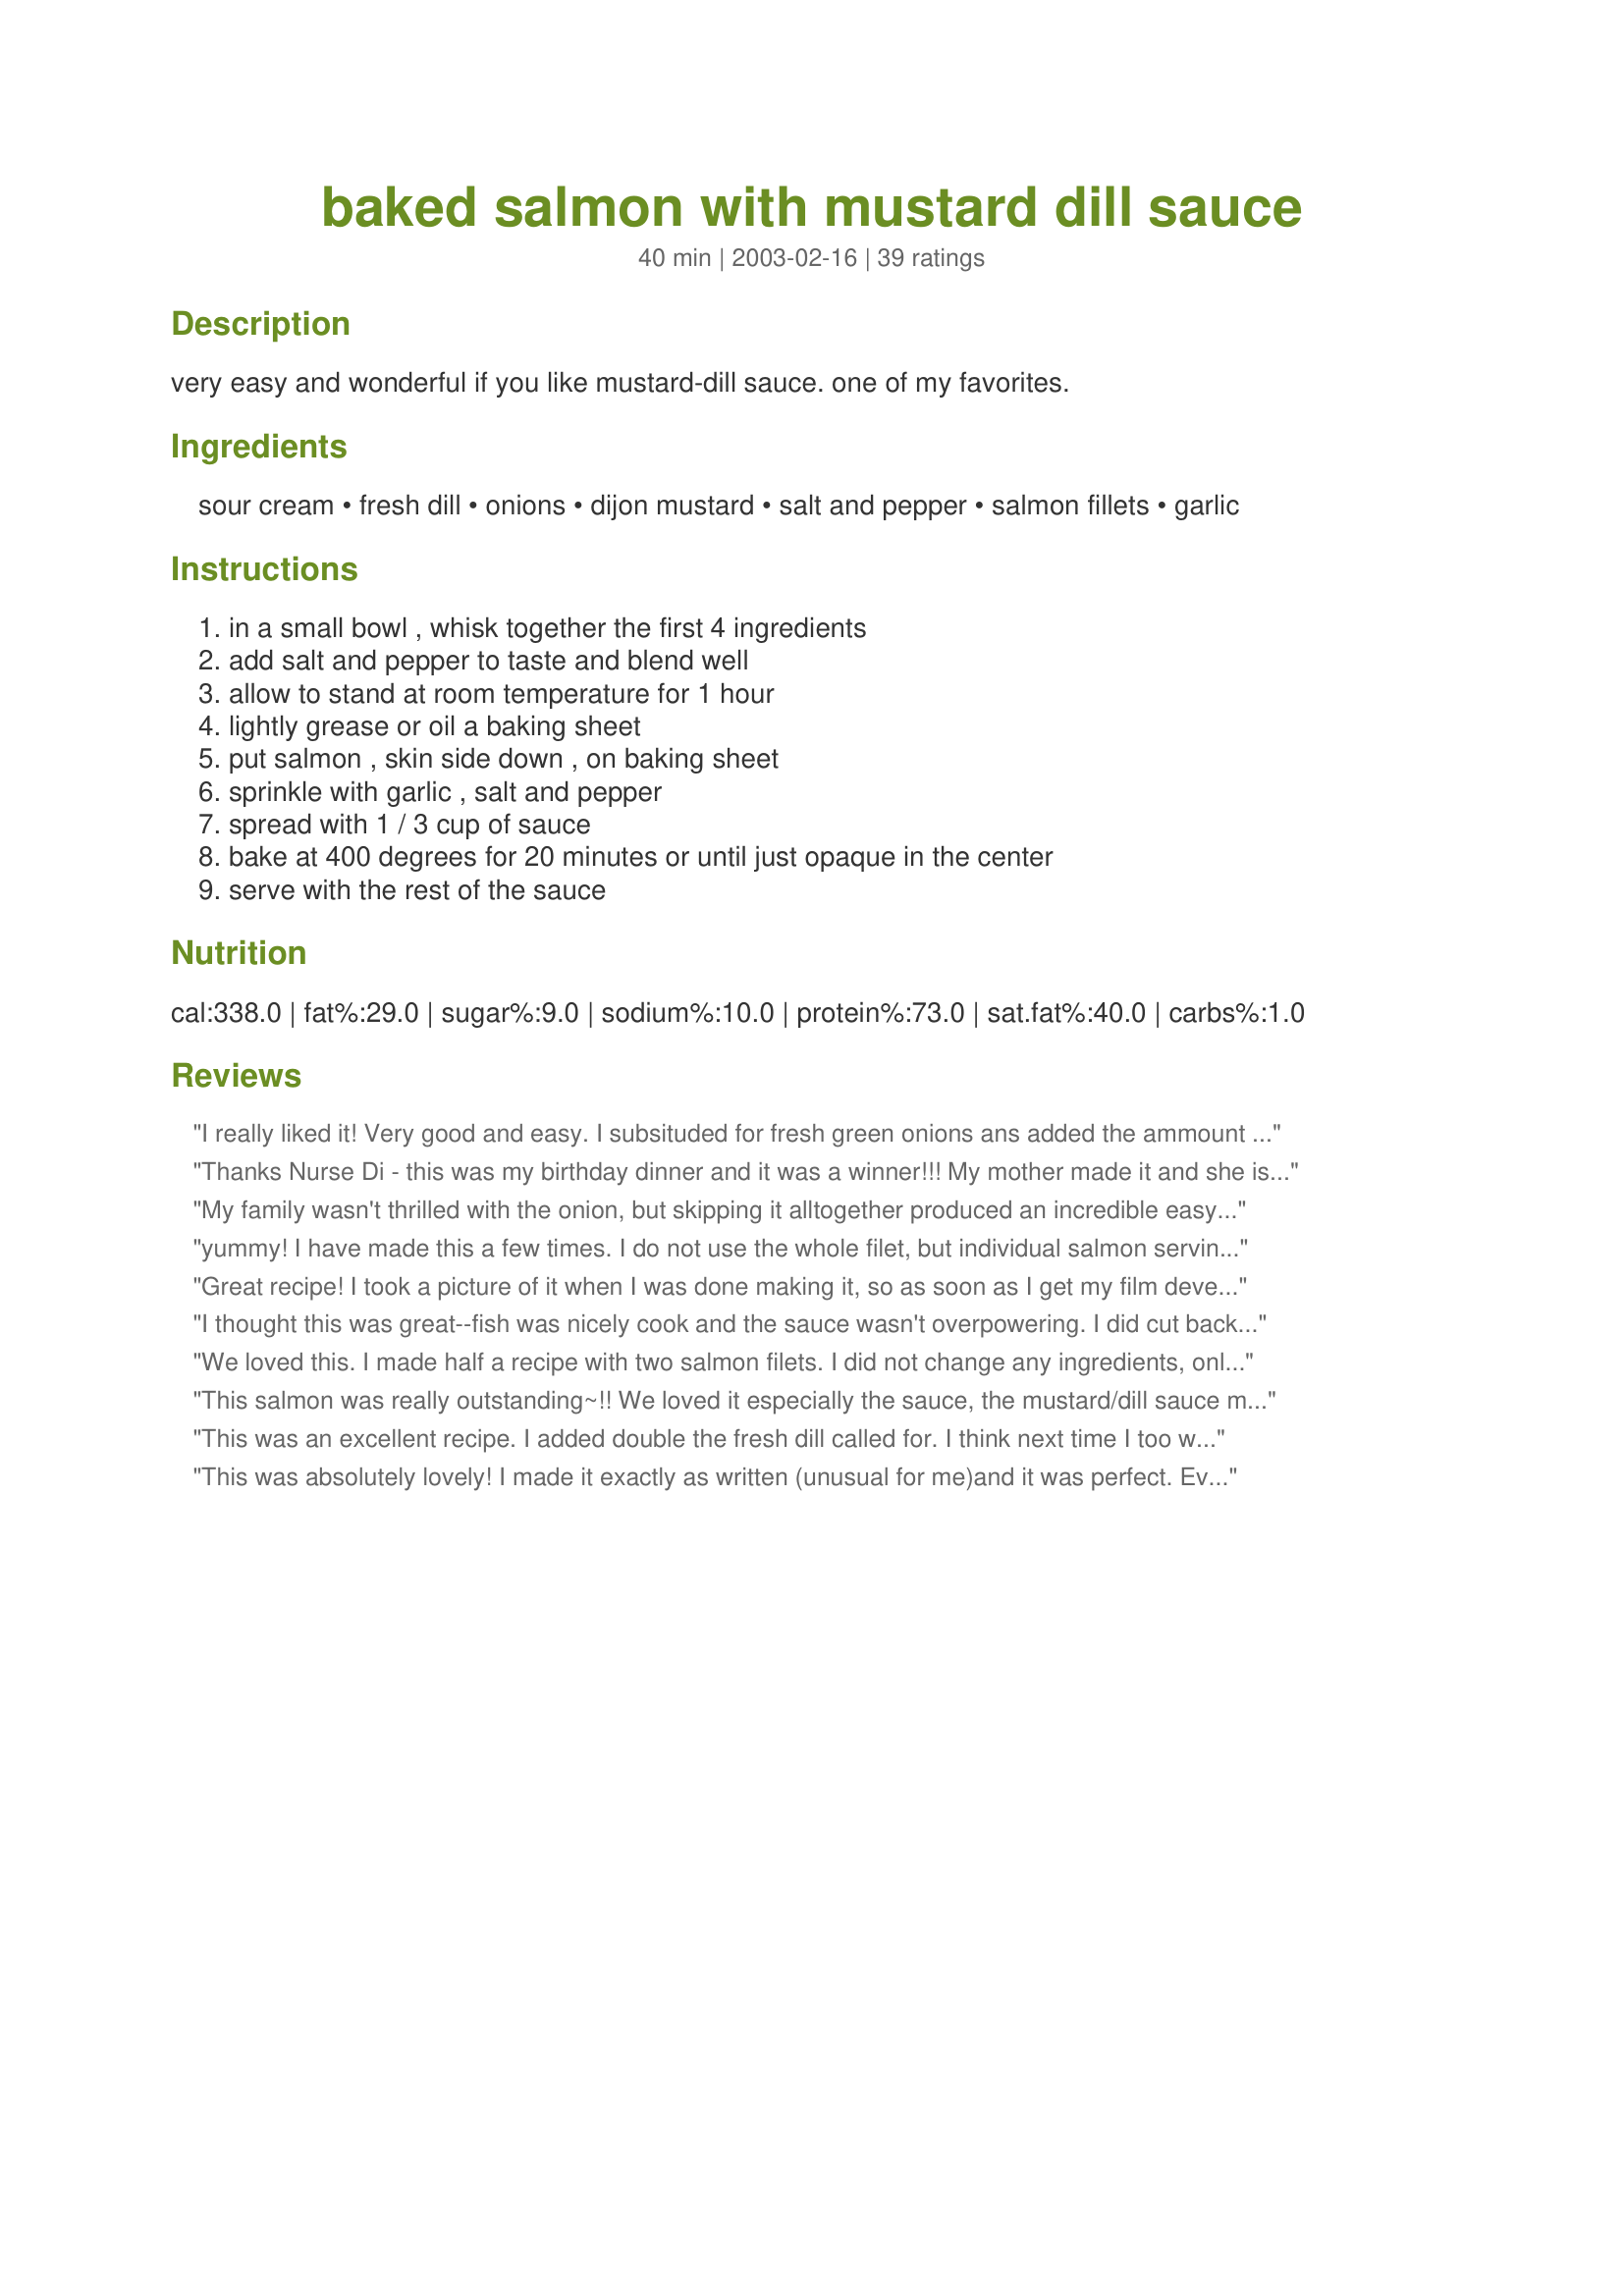
baked salmon with mustard dill sauce
Preparation time: 40 minutes

very easy and wonderful if you like mustard-dill sauce. one of my favorites.

Ingredients:
sour cream, fresh dill, onions, dijon mustard, salt and pepper, salmon fillets, garlic

Steps:
in a small bowl , whisk together the first 4 ingredients, add salt and pepper to taste and blend well, allow to stand at room temperature for 1 hour, lightly grease or oil a baking sheet, put salmon , skin side down , on baking sheet, sprinkle with garlic , salt and pepper, spread with 1 / 3 cup of sauce, bake at 400 degrees for 20 minutes or until just opaque in the center, serve with the rest of the sauce

Reviews:
I really liked it! Very good and easy. I subsituded for fresh green onions ans added the ammount of mustard as mentioned. Next time I'll add more mustard!
I served with boiled potatoes and zucchini with the sauce on top. 
Its a keeper!!! Thanks NurseDi!
Thanks Nurse Di - this was my birthday dinner and it was a winner!!! My mother made it and she is incable of following a recipe as wrote so she added some honey - but it was a wonderful meal and will be made again, and again and again - thanks!!
My family wasn't thrilled with the onion, but skipping it alltogether produced an incredible easy to make meal. Served with young boiled potatoes, it made my family gorge themselves in a very unseemly manner :)
yummy! I have made this a few times. I do not use the whole filet, but individual salmon servings instead, so I adjust the cooking time. Otherwise I follow this recipe exactly and it is absolutely delicious! I use the extra sauce to dip veggies in.
Great recipe! I took a picture of it when I was done making it, so as soon as I get my film developped and scan it in, I'll post that too.

I really enjoyed this and I think I'll be making it for my family when I go home for Christmas :)
I thought this was great--fish was nicely cook and the sauce wasn't overpowering. I did cut back a little on the dill (it isn't DH's favorite), and even he liked it! I also used half dijon and half deli dijon (had some horseradish in it) as I was low on mustard, and I think the extra little kick was nice. Thanks for a great recipe!
We loved this. I made half a recipe with two salmon filets. I did not change any ingredients, only halved the amounts. The fish was moist and fragrant. I thought the mustard-dill combination was wonderful. (Did not reduce any amounts.) Thank you very much for this recipe.
This salmon was really outstanding~!! We loved it especially the sauce, the mustard/dill sauce made a wonderfull taste treat! I made it exactly to the recipe with the exception of the sour cream, I used no fat sour cream and it turned out perfect, except that there is a lot of the wonderful sauce left over (and salmon), so I will use it all to make a salmon pie for dinner tomorrow. I will be making this again, thanks for sharing a great recipe Nurse Di!!
This was an excellent recipe. I added double the fresh dill called for. I think next time I too will add a little more garlic. Otherwise an outstanding recipe. My children gobled it up. Thank you for a recipe that I will be adding to my repetoire of regularly cooked meals.
This was absolutely lovely! I made it exactly as written (unusual for me)and it was perfect. Even my family, who are not fish lovers, inhaled it. I served it with lemon couscous and a cucumber and tomato salad. Wonderful!
This was absolutely delicious! However the one comment that I have is that it didn't look very appetizing. This wasn't a problem for me, although it might be for some people.
This was good, however the dill taste was a little over-powering. Overall, the sauce did a good job of keeping the salmon moist while cooking.
I used sour cream and shallot, instead of onion. just as dinner was ready we had a medical emergency and had to leave. I shoved everything in the fridge. the next day the sauce was mighty powerful, but good. DH isn't a huge fish fan so he loved it.
Tasty, moist fish. And easy, too. What&#039;s not to like?
Fresh dill is very important! Even with light sour cream, this makes an incredible thick, rich, restaurant-quality sauce. I substituted shallots for the onion and garlic to complement the salmon. Perfect cooking time and directions. A new favorite!
Very easy to make and had great flavor. I will make it again, but maybe change up the herbs used in the sauce just to try something different.
This is really good! I used plain yogurt instead of sour cream and it was delicious! I'll make this again for sure! Thanks!
Made this a few weeks ago, but with computer issues, I am late in reviewing. Sorry.

Nice dish, a bit over powering for me. Too MUCH sauce. When trying a recipe, I always cut in half and make one as suggested (recipe) and one with my versions.

NO low fat sour cream is important, I didn't let set to room temp for 1 hour. I have no idea why you would. I just let slightly warm for about 15-20 minutes which was plenty. Fresh dill and dijon is important and I used fresh garlic as well which really enhanced the flavor. I also used a lemon pepper on the fish as it offered some extra lemon flavor. And, I did add fresh lemon slices over the dill sauce which really added a nice complex flavor to the dish.

I made about 1/3 cup less sauce and it was plenty. The recipe to me was too heavy on the sauce and took away the flavor of the great salmon. It was all sauce. But it had a great flavor. I saved the rest of the sauce to go over some grilled asparagus 2 days later.

I absolutely hate mayo on fish, but wanted to try this for a friend who really enjoys a sauce over fish and she was pleased. We both agreed that less sauce was the key and some lemon flavor to brighten up the flavor.

Thx for sharing
I used lite sour cream and cut the sauce ingredients by half, the fillet was approx 400 grams. I used a spring onion. We felt it had enough sauce over the salmon whilst cooking and didnt use anymore for serving.
Will add this to my favourites for sure.
Very yummy! I followed the recipe almost exactly, except for maybe more garlic and dried dill. I'll be making this again!
This was so easy to make and I loved the taste of it. Thank you for sharing :)
This turned out excellent. For a meal, I recommend Health Nut Brown Rice 90059, and diced brown sugar and cinnamon peaches on the side.

~Nay
My son and his new wife had the guests at their reception bring food. (like a big pot luck) I choose three different salmon presentations from this website. This was absolutely wonderful and I had several people tell my how good it was. Thanks
I made this for my ex husband and he upped the child support! Okay- only kidding, but this was wonderful, and a definite keeper!
Thanks ratherbeswimmin'
Simple and delicious. I used fat free sour cream and it worked very well in this recipe. The mustard-dill sauce kept the salmon very moist and flavorful. Thank you for the recipe Nurse Di.
My family and I love this recipe. I have made it numerous times now. The only changes I always make are to use low fat or fat free sour cream, and I sometimes add a squirt of mayonnaise, it tends to add a little extra flavor. And I BBQ it.
Very good recipe - I am sure if it would have been even better if I had followed the directions, oops. First of all, I halved the recipe, and since I didn't have fresh dill, I used dried and silly me forgot to add the garlic. Other than that it was great. I loved that it used sour cream instead of mayo, like so many seafood recipes do. Thanks for posting!!! :yummy:
I had a bunch of fresh dill from the CSA and some sour cream to use up and this was a delicious way to do it. I also added some lime basil to the sauce. I took somone else's suggestion an added about a tablespoon of honey as well. We liked the flavor of the sauce, but I may cut back on the onions next time.
Easy to prepare and really delicious. I also replaced the onions with shallots and got very good results.

Sauce has a great, rich consistency without being at all goopy or heavy. Will make this again!
Very good & easy. We are trying to become a fish loving family & this recipe helps :) I used spicy yellow mustard in place of dijon, because that is what I had on hand. I put all of the sauce on top of 2 salmon fillets & it was perfect. Thank you for posting & I look forward to making again :)
I made the recipe exactly as published and think it's fantastic!! This is a keeper.
We loved this! We used the excess sauce for dipping chips and decided it would make an excellent binder for some red potatoes for potato salad as well.
This is a great recipe! I love that it's so easy to make and yet tastes as if it took much longer. My husband is very finicky when it comes to fish, but he really loved this recipe. The salmon I used did not have the skin on since that's how we prefer it, but it didn't seem to matter. I think next time I'll only make half the sauce since we have quite a bit left. I will absolutely use this recipe whenever we have salmon. Fantastic!!
I have a similiar recipe on Zaar but mine was made with mayonnaise so I decided to give this one a try. My family loves sour cream. The flavor of the sauce was great. If you don't like to much of a Dijon taste you can cut back to only 1 Tablespoon. Grilled the salmon on my George Forman grill, served it with asparagas, and bake potato. Thanks for posting.
Very nice way to make salmon. The sauce was a bit runny, (even though it sat for at least 3 hours) but other then that, very tasteful. I followed this recipe exactly, and found the seasonings to be great. Thanks NurseDi!
Super-easy, low-fat, great taste - all I want from a recipe! We did not have time to let the sauce components stand for an hour, but the recipe still worked well. Really enjoyed it!
Forgot the stars ...I had a big bunch of fresh dill to use, and I'm glad I found this recipe. It is so good we had it two nights in a row. I used spicy brown mustard, as that is what I had, and didn't let it sit the full hour, but I don't know how it could be better. I did reduce the onion just a bit, but that was only because I was running low on onion. I chopped the onion very small so there were no big chunks. Fish was moist and flavorful - sauce was delicious. Definitely one to make anytime I have fresh dill.
What a wonderful and simple dish packing lots of flavour. We really like the sauce, I used 1 tbsp of dried dill). Served with basmati rice. Made for 'Best of 2010' tag game.
What a glorious and simple recipe! I made a *huge* filet and it turned out beautifully. I oversalted the fish before putting on the sauce, so I'll try to remember to avoid that next time.

The leftovers can be mixed together with a little of the sauce, and made into a really lovely salad to put onto a toasted english muffin for lunch.
